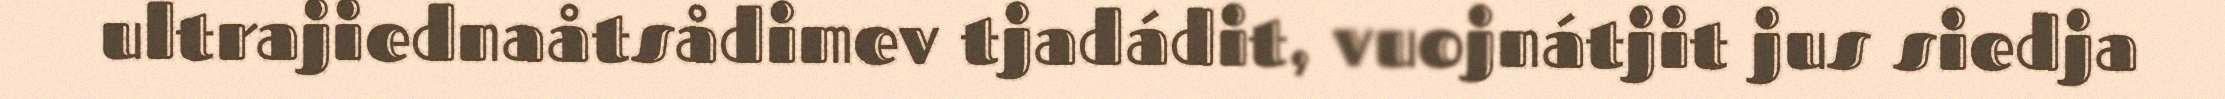
ultrajiednaåtsådimev tjadádit, vuojnátjit jus siedja